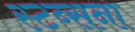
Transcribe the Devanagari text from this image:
स्टब्सना